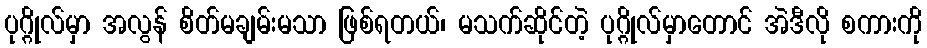
ပုဂ္ဂိုလ်မှာ အလွန် စိတ်မချမ်းမသာ ဖြစ်ရတယ်၊ မသက်ဆိုင်တဲ့ ပုဂ္ဂိုလ်မှာတောင် အဲဒီလို စကားကို